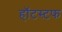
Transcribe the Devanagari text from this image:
हॉटस्टफ